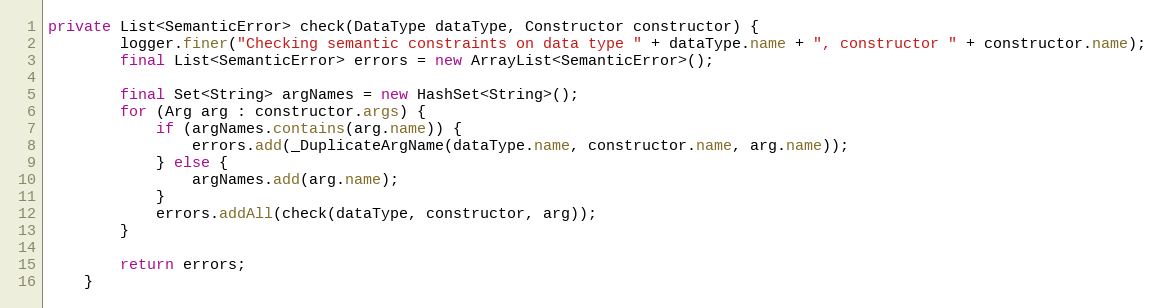
Language: Java
private List<SemanticError> check(DataType dataType, Constructor constructor) {
        logger.finer("Checking semantic constraints on data type " + dataType.name + ", constructor " + constructor.name);
        final List<SemanticError> errors = new ArrayList<SemanticError>();

        final Set<String> argNames = new HashSet<String>();
        for (Arg arg : constructor.args) {
            if (argNames.contains(arg.name)) {
                errors.add(_DuplicateArgName(dataType.name, constructor.name, arg.name));
            } else {
                argNames.add(arg.name);
            }
            errors.addAll(check(dataType, constructor, arg));
        }

        return errors;
    }